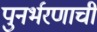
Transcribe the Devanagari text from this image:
पुनर्भरणाची